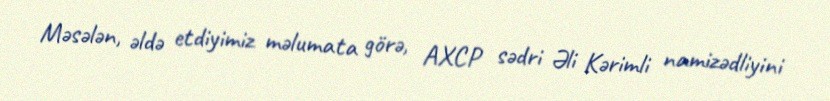
Məsələn, əldə etdiyimiz məlumata görə, AXCP sədri Əli Kərimli namizədliyini